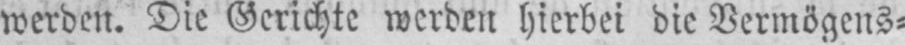
werden. Die Gerichte werden hierbei die Vermögens⸗